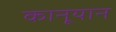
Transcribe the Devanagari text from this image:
कानूयान